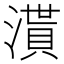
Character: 𣽒